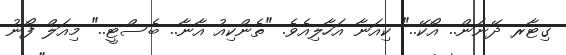
ގިޓާރ ދޭނަން.. އޯކޭ.." ކިއަނާ އަހާލިއެވެ. "ތެންކިއު އާނާ.. ބެސްޓީ.." މިއަލް ފޯނު